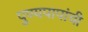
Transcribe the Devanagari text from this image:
पुण्यपापांची